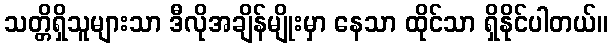
သတ္တိရှိသူများသာ ဒီလိုအချိန်မျိုးမှာ နေသာ ထိုင်သာ ရှိနိုင်ပါတယ်။